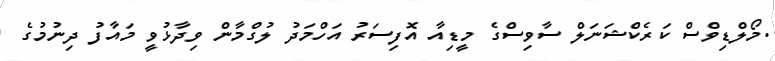
.މޯލްޑިވްސް ކަރެކްޝަނަލް ސާވިސްގެ މީޑިއާ އޮފިސަރު އަހްމަދު ލުގްމާން ވިދާޅުވީ މައާފު ދިނުމުގެ